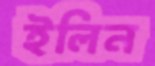
ইলিন